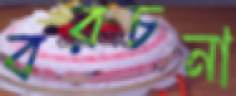
বরচনা